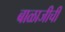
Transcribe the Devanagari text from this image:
बाळाजीची